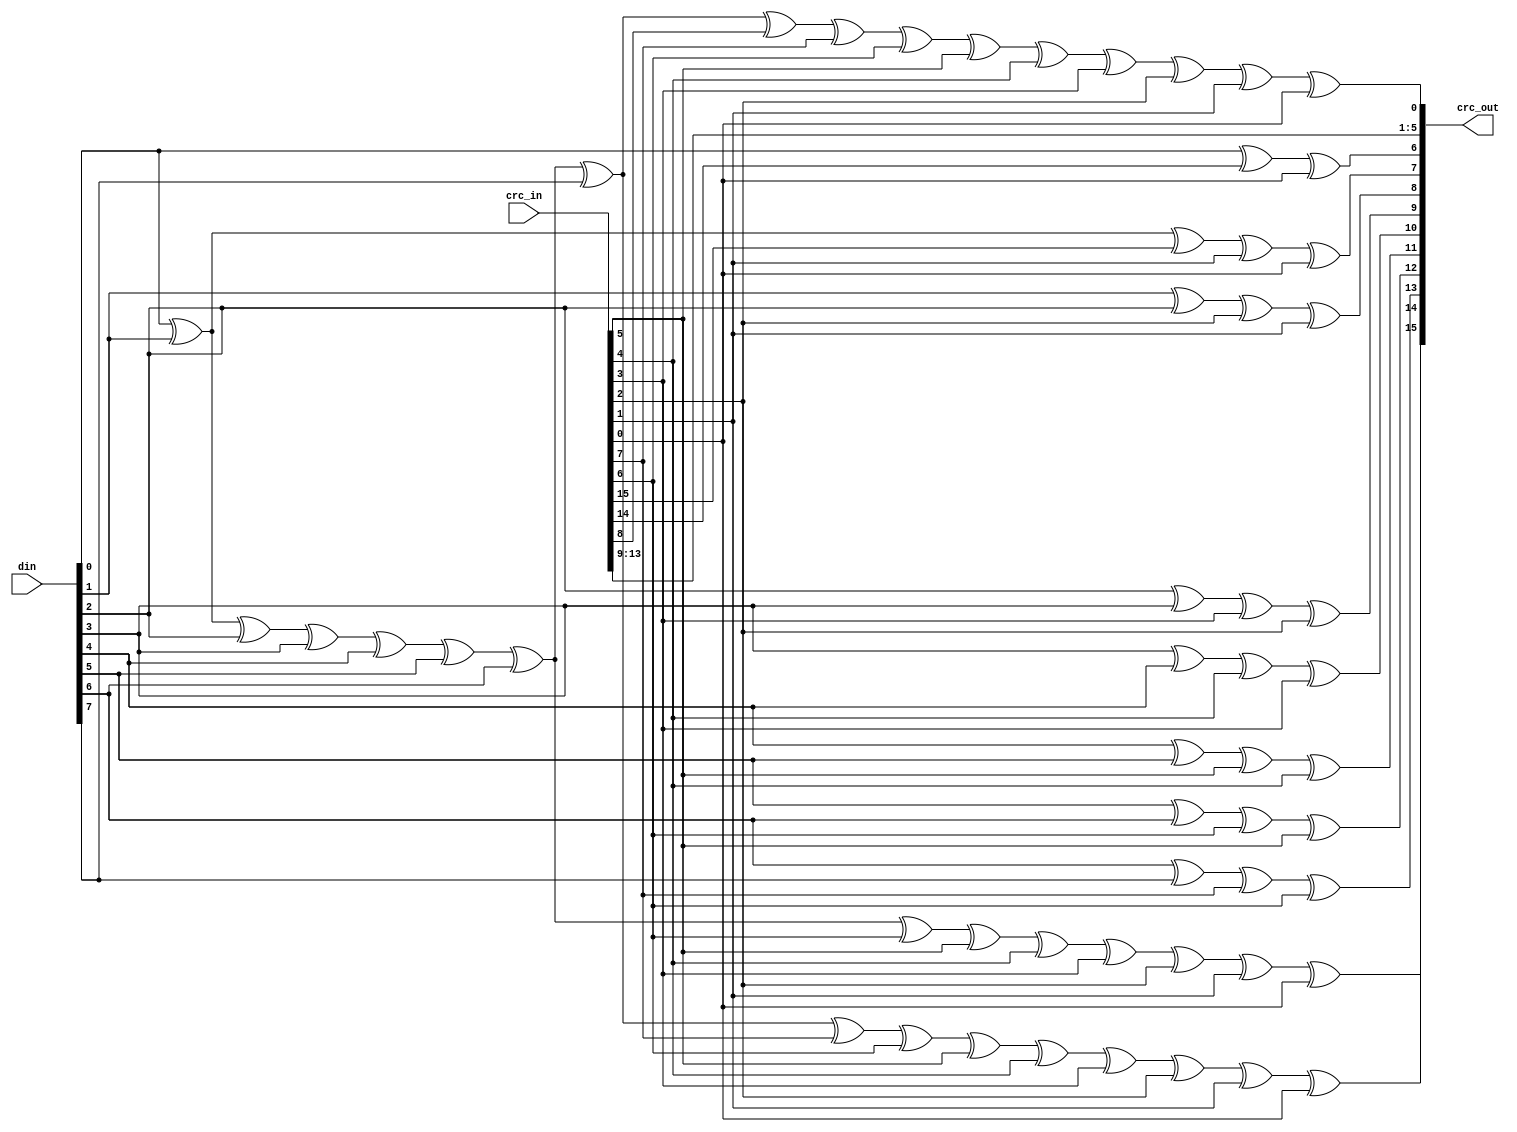
//-----------------------------------------------------------------
//                       USB Device Core
//                           V0.1
//                     Ultra-Embedded.com
//                       Copyright 2014
//
//
//                       License: LGPL
//-----------------------------------------------------------------
//
// Copyright (C) 2013 - 2014 Ultra-Embedded.com
//
// This source file may be used and distributed without         
// restriction provided that this copyright statement is not    
// removed from the file and that any derivative work contains  
// the original copyright notice and the associated disclaimer. 
//
// This source file is free software; you can redistribute it   
// and/or modify it under the terms of the GNU Lesser General   
// Public License as published by the Free Software Foundation; 
// either version 2.1 of the License, or (at your option) any   
// later version.
//
// This source is distributed in the hope that it will be       
// useful, but WITHOUT ANY WARRANTY; without even the implied   
// warranty of MERCHANTABILITY or FITNESS FOR A PARTICULAR      
// PURPOSE.  See the GNU Lesser General Public License for more 
// details.
//
// You should have received a copy of the GNU Lesser General    
// Public License along with this source; if not, write to the 
// Free Software Foundation, Inc., 59 Temple Place, Suite 330, 
// Boston, MA  02111-1307  USA
//-----------------------------------------------------------------

//-----------------------------------------------------------------
// Module: 16-bit CRC used by USB data packets
//-----------------------------------------------------------------
module usbf_crc16
(
    input    [15:0]    crc_in,
    input    [7:0]     din,
    output   [15:0]    crc_out
);

//-----------------------------------------------------------------
// Logic
//-----------------------------------------------------------------
assign crc_out[15] =    din[0] ^ din[1] ^ din[2] ^ din[3] ^ din[4] ^ din[5] ^ din[6] ^ din[7] ^ 
                        crc_in[7] ^ crc_in[6] ^ crc_in[5] ^ crc_in[4] ^ crc_in[3] ^ crc_in[2] ^ crc_in[1] ^ crc_in[0];
assign crc_out[14] =    din[0] ^ din[1] ^ din[2] ^ din[3] ^ din[4] ^ din[5] ^ din[6] ^
                        crc_in[6] ^ crc_in[5] ^ crc_in[4] ^ crc_in[3] ^ crc_in[2] ^ crc_in[1] ^ crc_in[0];
assign crc_out[13] =    din[6] ^ din[7] ^ 
                        crc_in[7] ^ crc_in[6];
assign crc_out[12] =    din[5] ^ din[6] ^ 
                        crc_in[6] ^ crc_in[5];
assign crc_out[11] =    din[4] ^ din[5] ^ 
                        crc_in[5] ^ crc_in[4];
assign crc_out[10] =    din[3] ^ din[4] ^ 
                        crc_in[4] ^ crc_in[3];
assign crc_out[9] =     din[2] ^ din[3] ^ 
                        crc_in[3] ^ crc_in[2];
assign crc_out[8] =     din[1] ^ din[2] ^ 
                        crc_in[2] ^ crc_in[1];
assign crc_out[7] =     din[0] ^ din[1] ^ 
                        crc_in[15] ^ crc_in[1] ^ crc_in[0];
assign crc_out[6] =     din[0] ^ 
                        crc_in[14] ^ crc_in[0];
assign crc_out[5] =     crc_in[13];
assign crc_out[4] =     crc_in[12];
assign crc_out[3] =     crc_in[11];
assign crc_out[2] =     crc_in[10];
assign crc_out[1] =     crc_in[9];
assign crc_out[0] =     din[0] ^ din[1] ^ din[2] ^ din[3] ^ din[4] ^ din[5] ^ din[6] ^ din[7] ^
                        crc_in[8] ^ crc_in[7] ^ crc_in[6] ^ crc_in[5] ^ crc_in[4] ^ crc_in[3] ^ crc_in[2] ^ crc_in[1] ^ crc_in[0];

endmodule